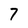
Character: 7